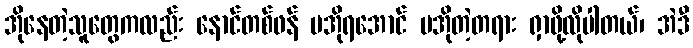
အိုနေတဲ့သူတွေကလည်း နောင်တစ်ဖန် မအိုရအောင် မအိုတဲ့တရား ရှာဖို့လိုပါတယ်၊ အဲဒီ